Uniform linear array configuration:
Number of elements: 12
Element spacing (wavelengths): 0.25
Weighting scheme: exponential
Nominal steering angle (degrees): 45
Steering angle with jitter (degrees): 44.477
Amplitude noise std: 0.05
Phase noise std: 0.05

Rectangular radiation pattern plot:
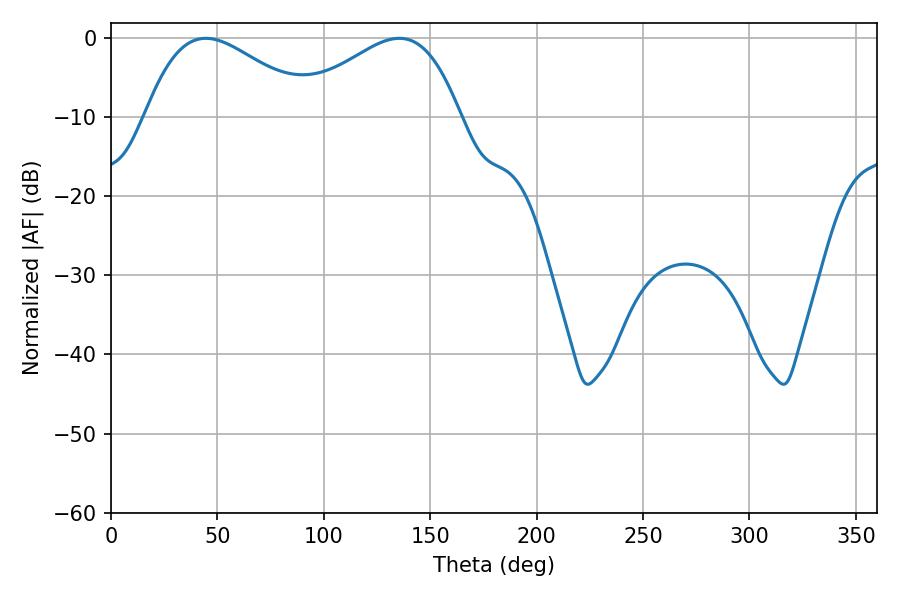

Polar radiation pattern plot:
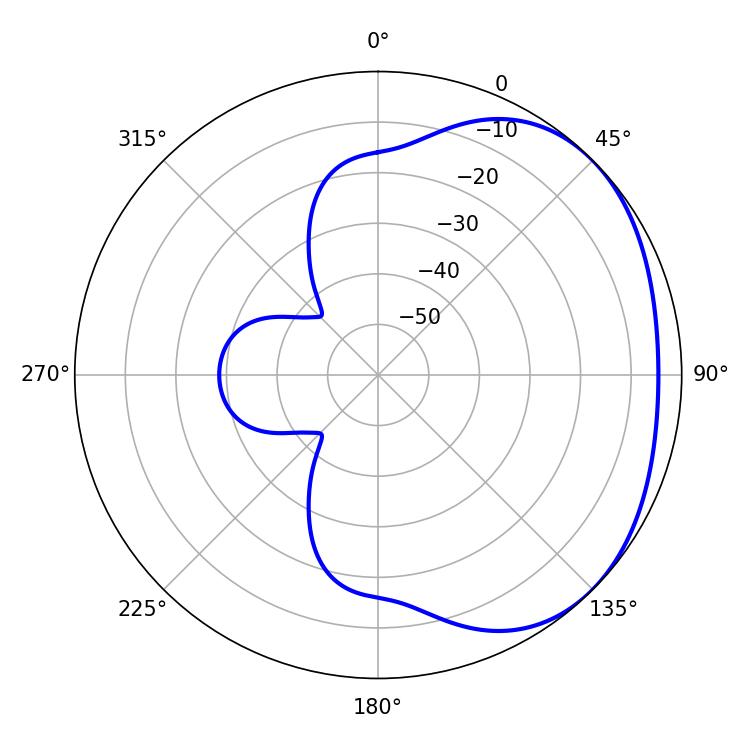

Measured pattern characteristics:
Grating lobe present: FALSE
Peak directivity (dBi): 2.313
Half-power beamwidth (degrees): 42.48
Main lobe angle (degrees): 44.46